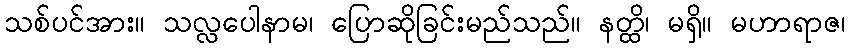
သစ်ပင်အား။ သလ္လပေါနာမ၊ ပြောဆိုခြင်းမည်သည်။ နတ္ထိ၊ မရှိ။ မဟာရာဇ၊